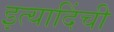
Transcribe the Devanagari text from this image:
इत्यादिंची